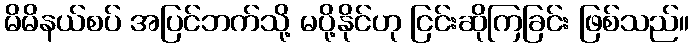
မိမိနယ်စပ် အပြင်ဘက်သို့ မပို့နိုင်ဟု ငြင်းဆိုကြခြင်း ဖြစ်သည်။